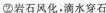
②岩石风化。滴水穿石